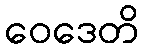
ဝေဒေတိ